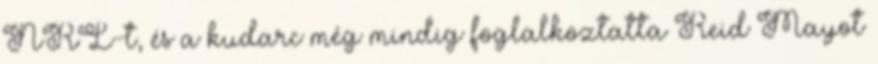
NRL-t, és a kudarc még mindig foglalkoztatta Reid Mayot